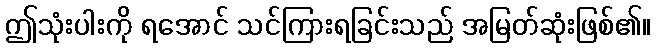
ဤသုံးပါးကို ရအောင် သင်ကြားရခြင်းသည် အမြတ်ဆုံးဖြစ်၏။